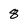
Character: 8